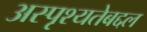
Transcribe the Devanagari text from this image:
अस्पृश्यतेबद्दल